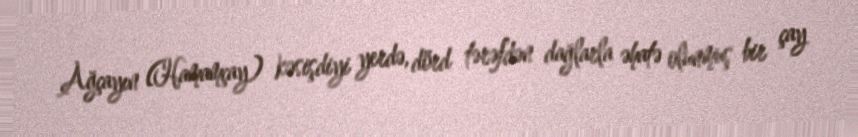
Ağçayın (Hamamçay) kəsişdiyi yerdə, dörd tərəfdən dağlarla əhatə olunmuş bir çay